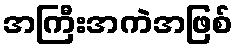
အကြီးအကဲအဖြစ်